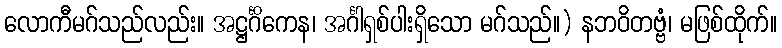
လောကီမဂ်သည်လည်း။ အဋ္ဌင်္ဂိကေန၊ အင်္ဂါရှစ်ပါးရှိသော မဂ်သည်။) နဘဝိတဗ္ဗံ၊ မဖြစ်ထိုက်။